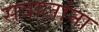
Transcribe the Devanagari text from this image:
सवालांना